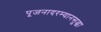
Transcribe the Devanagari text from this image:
पूजनादरम्यानसुद्धा